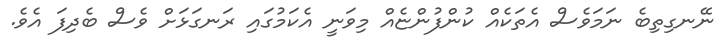
ނޭނގިތިބެ ނަމަވެސް އެތަކެއް ކުންފުންޏެއް މިވަނީ އެކަމުގައި ރަނގަޅަށް ވެސް ބެދިފަ އެވެ.